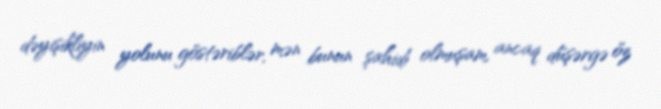
dəyişikliyin yolunu göstəriblər, mən bunun şahidi olmuşam, ancaq düşərgə öz